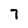
Character: 7